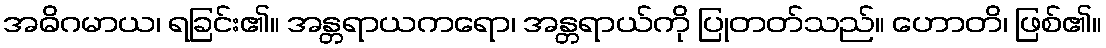
အဓိဂမာယ၊ ရခြင်း၏။ အန္တရာယကရော၊ အန္တရာယ်ကို ပြုတတ်သည်။ ဟောတိ၊ ဖြစ်၏။